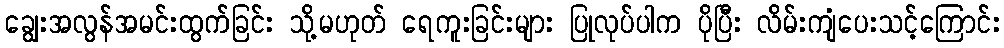
ချွေးအလွန်အမင်းထွက်ခြင်း သို့မဟုတ် ရေကူးခြင်းများ ပြုလုပ်ပါက ပိုပြီး လိမ်းကျံပေးသင့်ကြောင်း